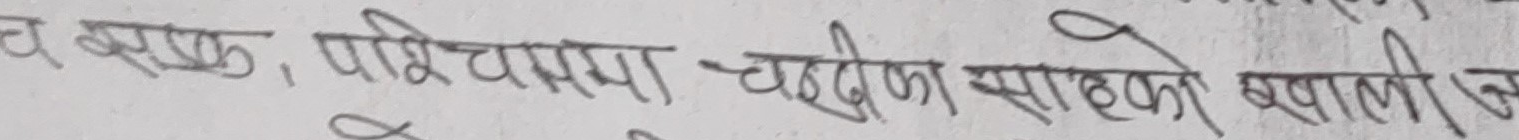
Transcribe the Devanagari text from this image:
च कृष्ण, पारिचयपत्र चढीजा साख्को खाली उ